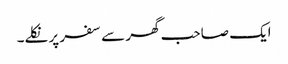
ایک صاحب گھر سے سفر پر نکلے۔